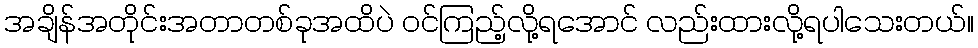
အချိန်အတိုင်းအတာတစ်ခုအထိပဲ ဝင်ကြည့်လို့ရအောင် လည်းထားလို့ရပါသေးတယ်။